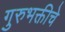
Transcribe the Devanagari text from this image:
गुरुभक्तीचे